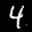
Label: 4